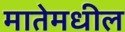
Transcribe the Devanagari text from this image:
मातेमधील